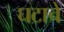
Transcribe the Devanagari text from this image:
घटाचे